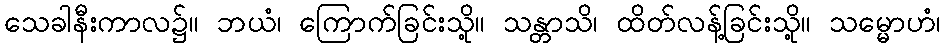
သေခါနီးကာလ၌။ ဘယံ၊ ကြောက်ခြင်းသို့။ သန္တာသိ၊ ထိတ်လန့်ခြင်းသို့။ သမ္မောဟံ၊